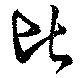
比